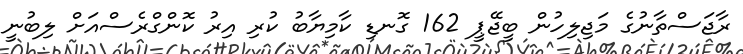
ރާޖަސްތާނުގެ މަޖިލިހުން ބީޖޭޕީ 162 ގޮނޑި ކާމިޔާބު ކުރި އިރު ކޮންގްރެސްއަށް ލިބުނީ